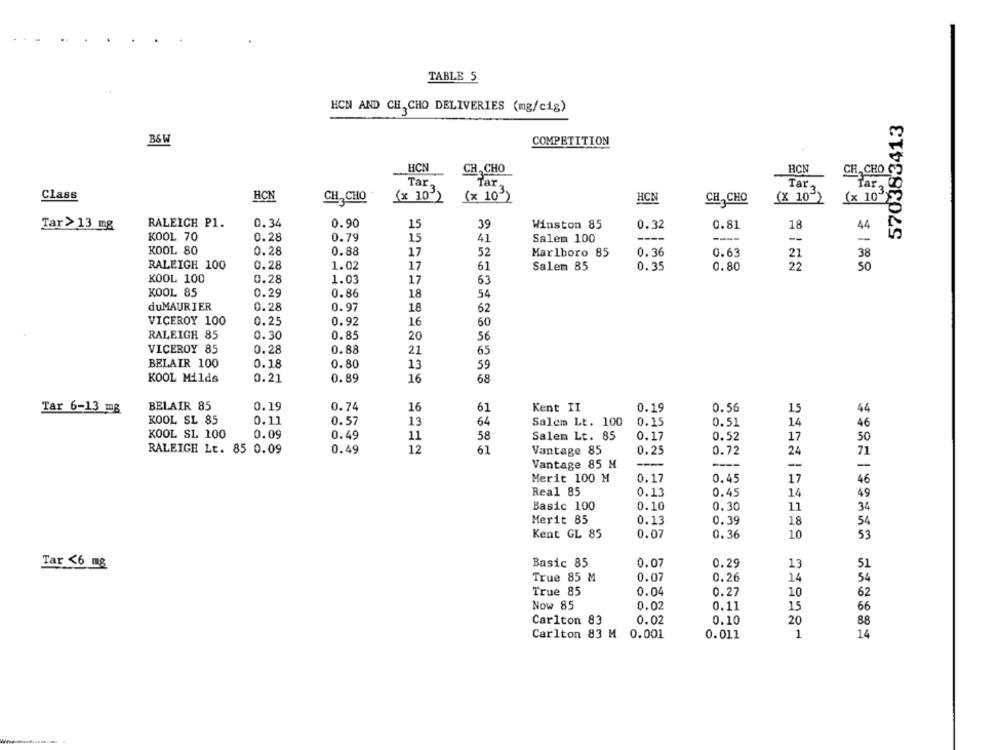
TABLE 5
HCN AND CH, CHO DELIVERIES (mg/cig)
570383413
B&W
COMPETITION
HCN
CH , CHO
HCN
CH, CHO $2
Tar.
Tar
Tar,
Class
Tar 3 0
HCN
CH, CHO
(x 10 )
(× 10)
HCN
CH, CHO
(X 10")
(x 103)
RALEICH P1.
0.34
0.90
15
39
Winston 85
0.32
0.81
18
44
Tar> 13 mg
KOOL 70
0.28
0.79
15
41
Salem 100
----
--
-
KOOL 80
0.28
0.88
17
52
Marlboro 85
0. 36
0.63
21
38
RALEIGH 100
0.28
1.02
17
61
Salem 85
0.35
0.80
50
KOOL 100
0.28
1.03
17
63
KOOL 85
0.29
0.86
18
54
duMAURIER
0.28
0.97
18
62
VICEROY 100
0.25
0.92
60
RALEIGH 85
0.30
0.85
20
56
VICEROY 85
0.28
0.88
21
65
BELAIR 100
0.18
0.80
13
59
KOOL Milds
0.21
0.89
16
68
BELAIR 85
0.19
0.74
16
Tar 6-13 mg
61
Kent II
0.19
0.56
15
44
KOOL SL 85
0.11
0.57
13
64
Salem Lt. 100
0.15
0.51
14
46
KOOL SL 100
0.09
0.49
11
58
Salem Lt. 85
0.17
0.52
17
50
RALEIGH Lt. 85 0.09
0.49
12
61
Vantage 85
0.25
0.72
24
71
Vantage 85 M
----
-
Merit 100 M
0.17
0.45
17
46
Real 85
0.13
0.45
14
49
Basic 100
0.10
0.30
11
34
Merit 85
0.13
0.39
18
54
Kent GL 85
0.07
0.36
10
53
Basic 85
0.07
Tar <6 mg
0.29
13
51
True 85 M
0.07
0.26
54
14
True 85
0.04
0.27
10
62
Now 85
0.02
0.11
15
66
Carlton 83
0.02
0.10
20
88
Carlton 83 M 0.001
0.011
1
14